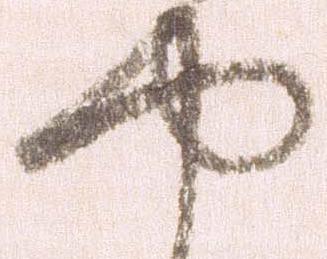
や